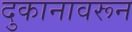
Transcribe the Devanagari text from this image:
दुकानावरून